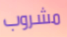
مشروب